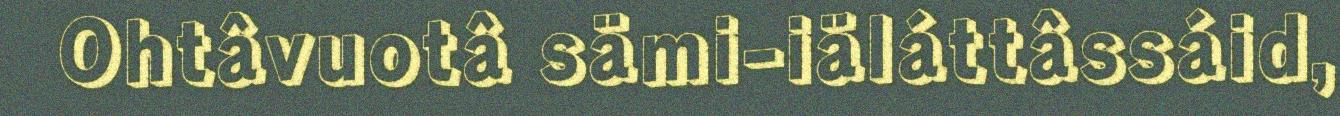
Ohtâvuotâ sämi-iäláttâssáid,